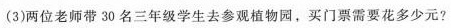
(3)两位老师带 30 名三年级学生去参观植物园，买门票需要花多少元?